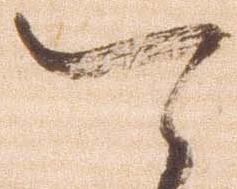
可